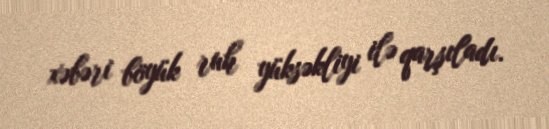
xəbəri böyük ruh yüksəkliyi ilə qarşıladı.